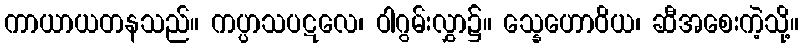
ကာယာယတနသည်။ ကပ္ပာသပဋလေ၊ ဝါဂွမ်းလွှာ၌။ သ္နေဟောဝိယ၊ ဆီအစေးကဲ့သို့။